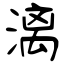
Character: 漓